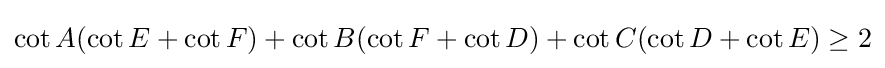
\cot A(\cot E+\cot F)+\cot B(\cot F+\cot D)+\cot C(\cot D+\cot E)\geq 2